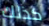
كذلك